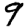
Digit: 9